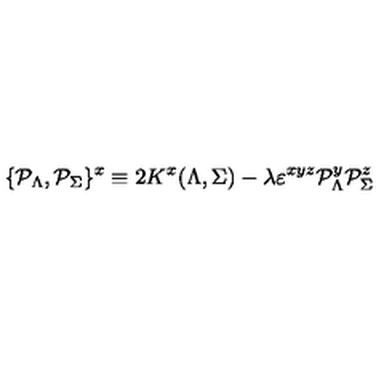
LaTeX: \{ { \cal P } _ { \Lambda } , { \cal P } _ { \Sigma } \} ^ { x } \equiv 2 K ^ { x } ( \Lambda , \Sigma ) - { { \lambda } } \varepsilon ^ { x y z } { \cal P } _ { \Lambda } ^ { y } { \cal P } _ { \Sigma } ^ { z }